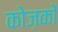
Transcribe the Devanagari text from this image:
कोज़कों